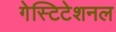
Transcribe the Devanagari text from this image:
गेस्टिटेशनल